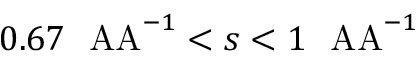
0 . 6 7 \ \mathrm { \ A A } ^ { - 1 } < s < 1 \ \mathrm { \ A A } ^ { - 1 }